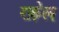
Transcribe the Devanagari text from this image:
रक़ेल